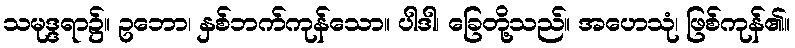
သမုဒ္ဒရာ၌။ ဥဘော၊ နှစ်ဘက်ကုန်သော။ ပါဒါ၊ ခြေတို့သည်။ အဟေသုံ၊ ဖြစ်ကုန်၏။